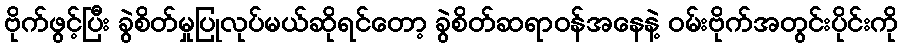
ဗိုက်ဖွင့်ပြီး ခွဲစိတ်မှုပြုလုပ်မယ်ဆိုရင်တော့ ခွဲစိတ်ဆရာဝန်အနေနဲ့ ဝမ်းဗိုက်အတွင်းပိုင်းကို